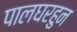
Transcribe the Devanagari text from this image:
पालघरहुन